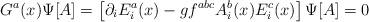
LaTeX: \begin{align*}G^a(x)\Psi[A]=\left[\partial_iE^a_i(x)-gf^{abc}A^b_i(x)E^c_i(x)\right]\Psi[A]=0\end{align*}